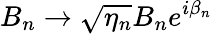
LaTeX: B_{n}\to\sqrt{\eta_{n}}B_{n}e^{i\beta_{n}}